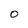
Character: O